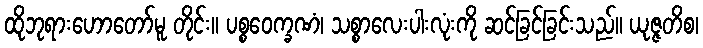
ထိုဘုရားဟောတော်မူ တိုင်း။ ပစ္စဝေက္ခဏံ၊ သစ္စာလေးပါးလုံးကို ဆင်ခြင်ခြင်းသည်။ ယုဇ္ဇတိစ၊